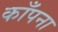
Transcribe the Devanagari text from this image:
काँपना